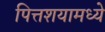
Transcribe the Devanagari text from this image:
पित्तशयामध्ये